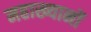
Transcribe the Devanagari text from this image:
महाख्यानों